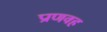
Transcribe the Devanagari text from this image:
प्राणवह